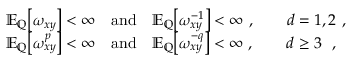
\begin{array} { r l } & { { \mathbb E } _ { \mathbb Q } \big [ \omega _ { x y } \big ] < \infty \quad \mathrm { a n d } \quad { \mathbb E } _ { \mathbb Q } \big [ \omega _ { x y } ^ { - 1 } \big ] < \infty \ , \qquad d = 1 , 2 \ , } \\ & { { \mathbb E } _ { \mathbb Q } \big [ \omega _ { x y } ^ { p } \big ] < \infty \quad \mathrm { a n d } \quad { \mathbb E } _ { \mathbb Q } \big [ \omega _ { x y } ^ { - q } \big ] < \infty \ , \qquad d \ge 3 \ \ , } \end{array}